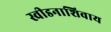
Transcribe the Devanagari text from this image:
स्वीडनाशिवाय